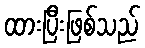
ထားပြီးဖြစ်သည်